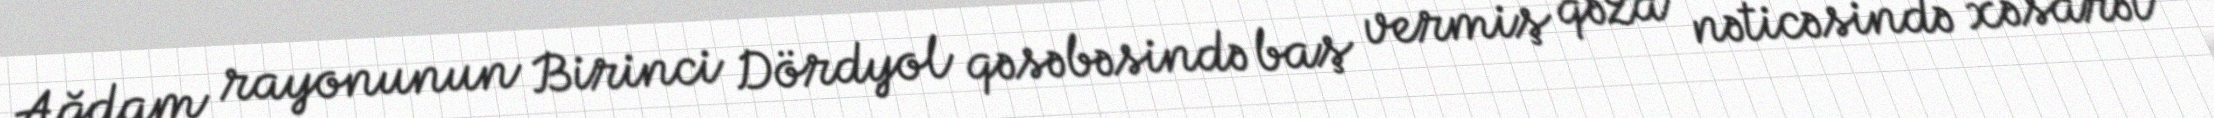
Ağdam rayonunun Birinci Dördyol qəsəbəsində baş vermiş qəza nəticəsində xəsarət